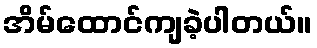
အိမ်ထောင်ကျခဲ့ပါတယ်။